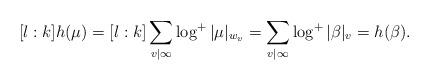
LaTeX: \begin{align*}[l : k] h(\mu) = [l : k] \sum_{v | \infty}\log^+ |\mu|_{w_v} = \sum_{v | \infty} \log^+ |\beta|_v = h(\beta).\end{align*}